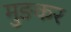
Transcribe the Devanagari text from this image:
मुङकर